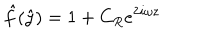
LaTeX: \hat { f } ( \hat { y } ) = 1 + C _ { R } e ^ { 2 i \omega z }